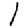
Digit: 1